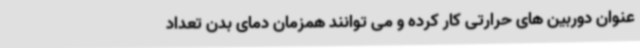
عنوان دوربین های حرارتی کار کرده و می توانند همزمان دمای بدن تعداد